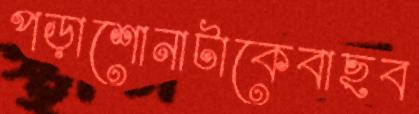
পড়াশোনাটাকেবাছব